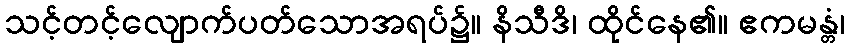
သင့်တင့်လျောက်ပတ်သောအရပ်၌။ နိသီဒိ၊ ထိုင်နေ၏။ ဧကမန္တံ၊